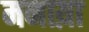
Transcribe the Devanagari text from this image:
मनाय़ा